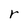
Character: r